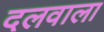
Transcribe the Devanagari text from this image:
दलवाला